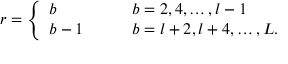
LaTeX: r = \left\{ \begin{array} { l l } { { b } } & { { \qquad b = 2 , 4 , \ldots , l - 1 } } \\ { { b - 1 } } & { { \qquad b = l + 2 , l + 4 , \ldots , L . } } \end{array} \right.